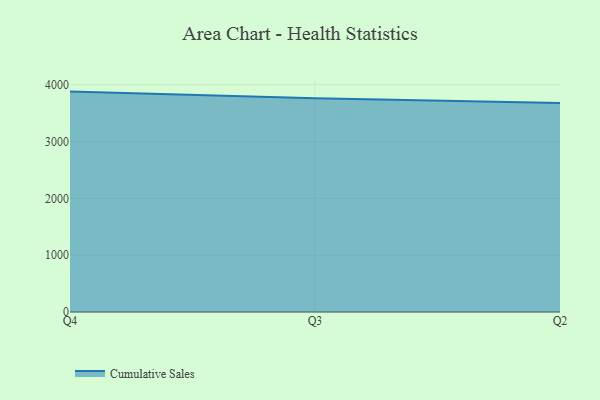
{"axis": {"x": "Quarter", "y": "Backlog"}, "legend": ["Cumulative Sales"], "data": [{"x": "Q4", "y": 3878.7, "type": "Cumulative Sales"}, {"x": "Q3", "y": 3761.3, "type": "Cumulative Sales"}, {"x": "Q2", "y": 3678.6, "type": "Cumulative Sales"}]}